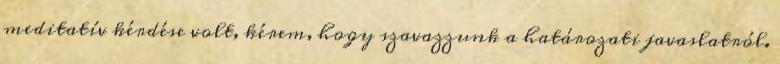
meditatív kérdése volt, kérem, hogy szavazzunk a határozati javaslatról.